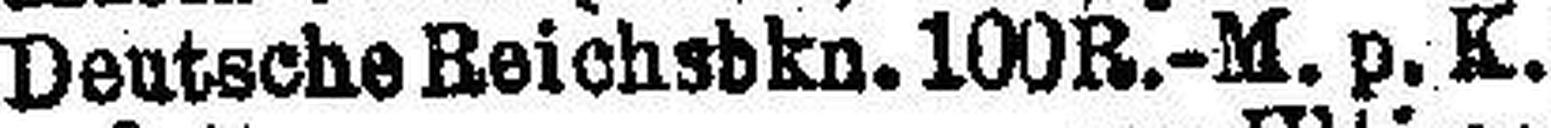
Deutsche Reichsbkn. 100R.-M. p. K.